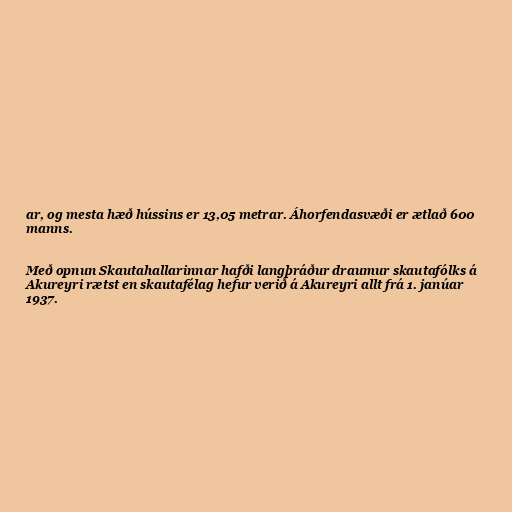
ar, og mesta hæð hússins er 13,05 metrar. Áhorfendasvæði er ætlað 600
manns.

Með opnun Skautahallarinnar hafði langþráður draumur skautafólks á
Akureyri rætst en skautafélag hefur verið á Akureyri allt frá 1. janúar
1937.